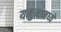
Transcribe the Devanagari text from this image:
यमुनामध्ये